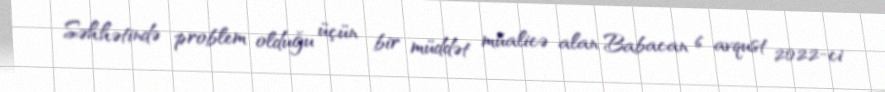
Səhhətində problem olduğu üçün bir müddət müalicə alan Babacan 6 avqust 2022-ci